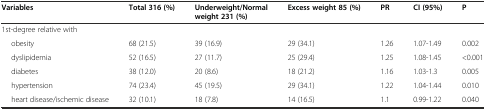
<table><thead><tr><td><b>Variables</b></td><td><b>Total 316 (%)</b></td><td><b>Underweight/Normal weight 231 (%)</b></td><td><b>Excess weight 85 (%)</b></td><td><b>PR</b></td><td><b>CI (95%)</b></td><td><b>P</b></td></tr></thead><tbody><tr><td>1st-degree relative with</td><td></td><td></td><td></td><td></td><td></td><td></td></tr><tr><td>obesity</td><td>68 (21.5)</td><td>39 (16.9)</td><td>29 (34.1)</td><td>1.26</td><td>1.07-1.49</td><td>0.002</td></tr><tr><td>dyslipidemia</td><td>52 (16.5)</td><td>27 (11.7)</td><td>25 (29.4)</td><td>1.25</td><td>1.08-1.45</td><td>&lt;0.001</td></tr><tr><td>diabetes</td><td>38 (12.0)</td><td>20 (8.6)</td><td>18 (21.2)</td><td>1.16</td><td>1.03-1.3</td><td>0.005</td></tr><tr><td>hypertension</td><td>74 (23.4)</td><td>45 (19.5)</td><td>29 (34.1)</td><td>1.22</td><td>1.04-1.44</td><td>0.010</td></tr><tr><td>heart disease/ischemic disease</td><td>32 (10.1)</td><td>18 (7.8)</td><td>14 (16.5)</td><td>1.1</td><td>0.99-1.22</td><td>0.040</td></tr></tbody></table>